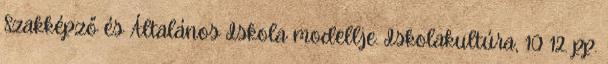
Szakképző és Általános Iskola modellje. Iskolakultúra, 10 12. pp.